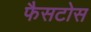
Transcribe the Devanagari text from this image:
फैसटोस